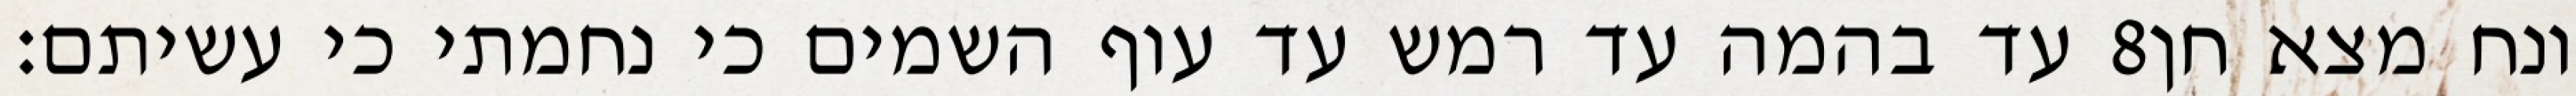
עד בהמה עד רמש עד עוף השמים כי נחמתי כי עשיתם׃ ‎8‏ ונח מצא חן